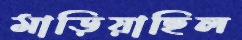
মাড়িয়াছিল